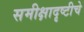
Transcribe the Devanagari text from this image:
समीक्षादृष्टीचे